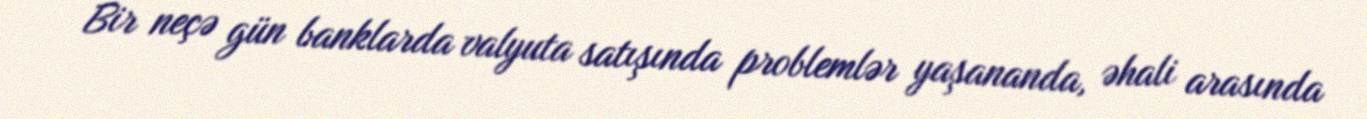
Bir neçə gün banklarda valyuta satışında problemlər yaşananda, əhali arasında